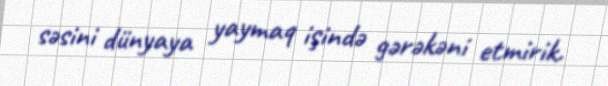
səsini dünyaya yaymaq işində gərəkəni etmirik.